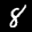
Label: 8